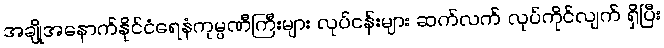
အချို့အနောက်နိုင်ငံရေနံကုမ္ပဏီကြီးများ လုပ်ငန်းများ ဆက်လက် လုပ်ကိုင်လျက် ရှိပြီး